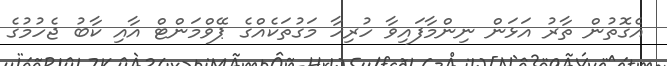
އެގޮތުން ތާރު އަޅަން ނިންމާފައިވާ ހުރިހާ މަގުތަކެއްގެ ޕޭވްމަންޓް އާއި ކާބު ޖެހުމުގެ